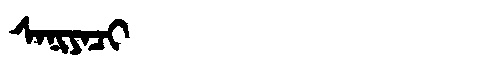
Manchu: ᠰᠠᠨᡳᠶᠠᠴᡳ
Romanization: SANIYACI